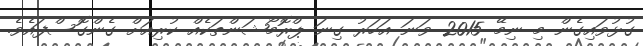
ގުޅުވައިގެން މި ނިމޭ 2015 ވަނަ އަހަރު ގިނަ ޕްރޮމޯޝަންތަކެއް ކުރިއަށް ގެންގޮސްފައެެވެ.